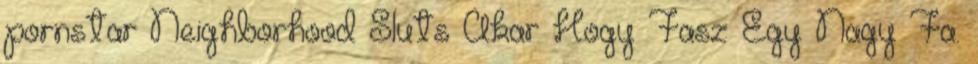
pornstar Neighborhood Sluts Akar Hogy Fasz Egy Nagy Fa.